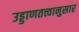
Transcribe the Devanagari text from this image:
उड्डाणतत्त्वानुसार